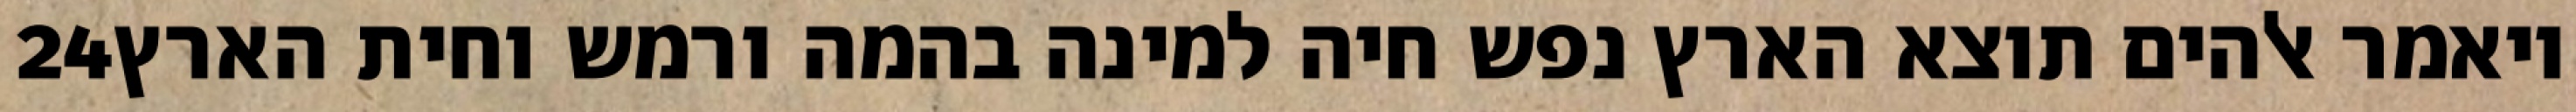
‎24‏ ויאמר אלהים תוצא הארץ נפש חיה למינה בהמה ורמש וחית הארץ